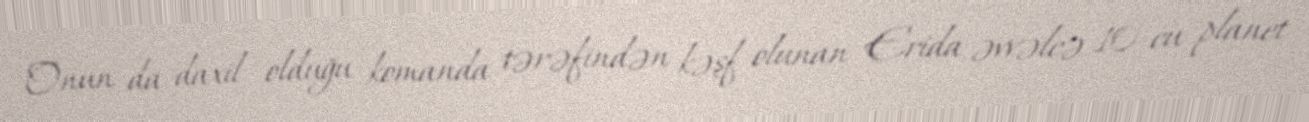
Onun da daxil olduğu komanda tərəfindən kəşf olunan Erida əvvəlcə 10-cu planet